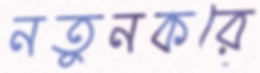
নতুনকরে